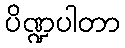
ပိဏ္ဍပါတာ